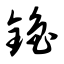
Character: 镥